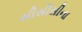
સીસીસીના